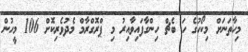
މިހާތަނަށް މިކޯހުގެ ހަ ބެޗް ހިންގާފައިވާއިރު މި ޕްރޮގްރާމް މެދުވެރިކޮށް 106 މީހުން